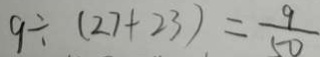
9 \div ( 2 7 + 2 3 ) = \frac { 9 } { 5 0 }